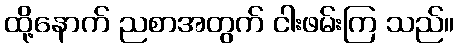
ထို့နောက် ညစာအတွက် ငါးဖမ်းကြ သည်။